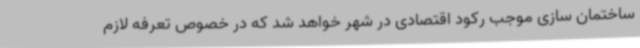
ساختمان سازی موجب رکود اقتصادی در شهر خواهد شد که در خصوص تعرفه لازم‌